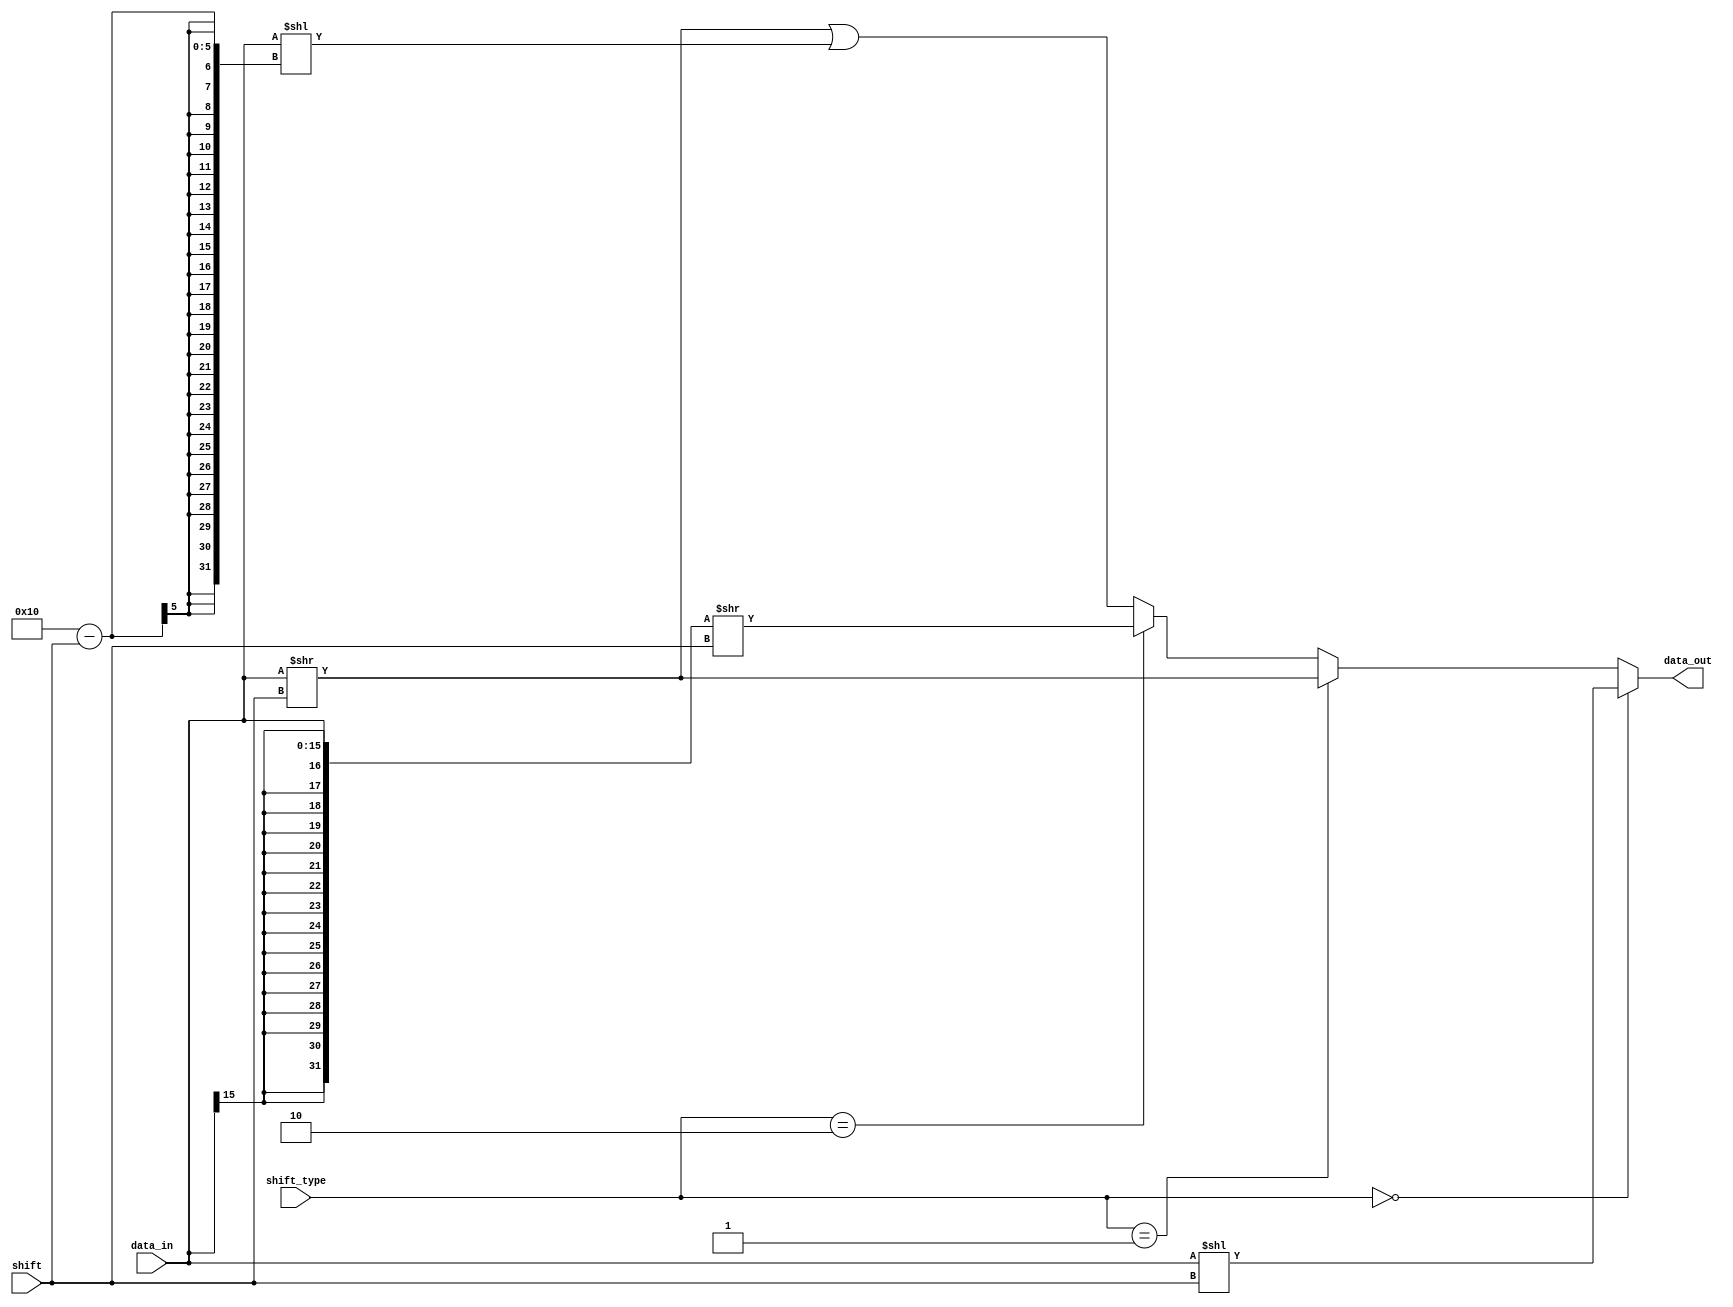
module barrel (shift_type, shift, data_in, data_out);
	input wire [1:0] shift_type;
	input wire [3:0] shift;
	input wire [15:0] data_in;
	output reg [15:0] data_out;
	
	parameter lsl = 2'b00, lsr = 2'b01, asr = 2'b10, ror = 2'b11;
	
	always @(*) begin
		if (shift_type == lsl) // shift left
			data_out = data_in << shift;
		else if (shift_type == lsr) // shift right
			data_out = data_in >> shift;
		else if (shift_type == asr) // shift right aritmetico
			data_out = {{16{data_in[15]}},data_in} >> shift; // sign extend
		else // rotate right
			data_out = (data_in >> shift) | (data_in << (16 - shift));
	end
endmodule